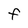
Character: f